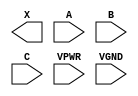
module sky130_fd_sc_hs__and3 (
    X   ,
    A   ,
    B   ,
    C   ,
    VPWR,
    VGND
);

    output X   ;
    input  A   ;
    input  B   ;
    input  C   ;
    input  VPWR;
    input  VGND;
endmodule